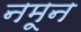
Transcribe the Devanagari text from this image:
नमून